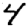
Digit: 4